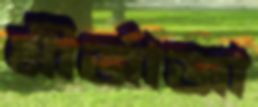
মীর্জাজা